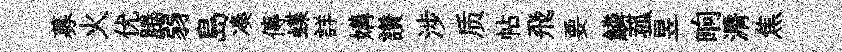
募火优腾弱島凑傳蝶詳媾讃涉质帖飛要鱗菰昱晌漘焦